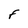
Character: F